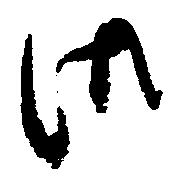
御